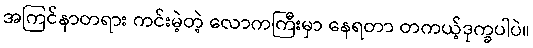
အကြင်နာတရား ကင်းမဲ့တဲ့ လောကကြီးမှာ နေရတာ တကယ့်ဒုက္ခပါပဲ။